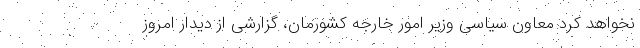
نخواهد کرد معاون سیاسی وزیر امور خارجه کشورمان، گزارشی از دیدار امروز